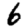
Digit: 6